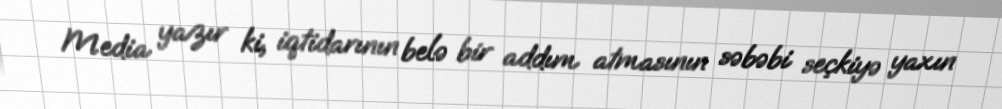
Media yazır ki, iqtidarının belə bir addım atmasının səbəbi seçkiyə yaxın